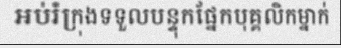
អប់រំក្រុងទទួលបន្ទុកផ្នែកបុគ្គលិកម្នាក់